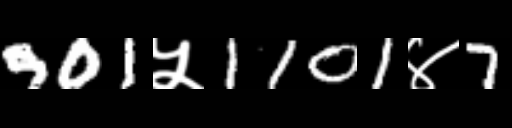
Text: 901५1101४7